Newspaper: Herald and tribune. [volume]
Place of publication: Jonesborough, Tenn.
Publisher: C. Wheeler & M.S. Mahoney
Date: 1885-11-12 00:00:00
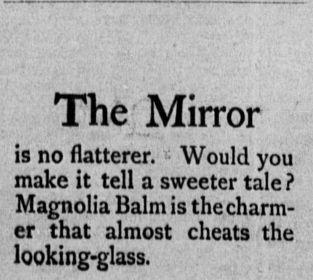
Advertisement text (OCR):
The Mirror is no flatterer. Would you make it tell a sweeter tale? Magnolia Balm is the charm er that almost cheats the looking-glass.
Label: text-only